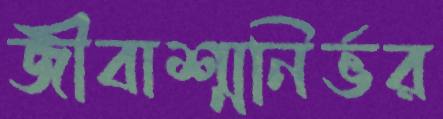
জীবাশ্মনির্ভর